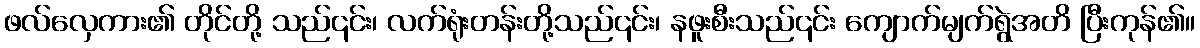
ဖလ်လှေကား၏ တိုင်တို့ သည်၎င်း၊ လက်ရုံးတန်းတို့သည်၎င်း၊ နဖူးစီးသည်၎င်း ကျောက်မျက်ရွဲအတိ ပြီးကုန်၏။